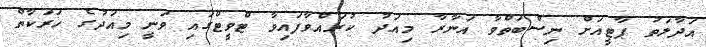
އަދާލަތު ޕާޓީއަށް ނިސްބަތްވާ އަނާރާ މިއަދު ކުރައްވާފައިވާ ޓްވީޓްގައި ވަނީ މިއަދުގެ ހަރަކާތް